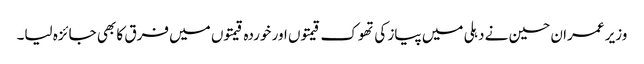
وزیر عمران حسین نے دہلی میں پیاز کی تھوک قیمتوں اور خوردہ قیمتوں میں فرق کا بھی جائزہ لیا۔